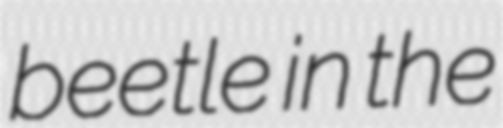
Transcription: beetle in the